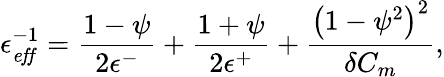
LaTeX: \epsilon_{\mathit{eff}}^{-1}=\frac{1-\psi}{2\epsilon^{-}}+\frac{1+\psi}{2\epsilon^{+}}+\frac{\left(1-\psi^{2}\right)^{2}}{\delta C_{m}},